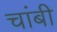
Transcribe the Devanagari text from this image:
चांबी